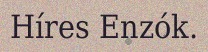
Híres Enzók.